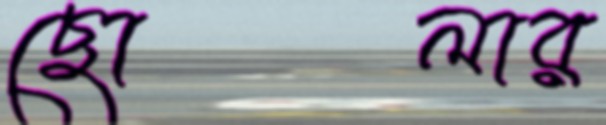
ছোলার